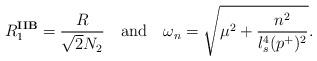
LaTeX: \begin{align*}R_1^{\mathbf{IIB}} = \frac{R}{\sqrt{2} N_2} \quad \textrm{and} \quad\omega_n = \sqrt{\mu^2 + \frac{n^2}{l_s^4 (p^+)^2}}.\end{align*}